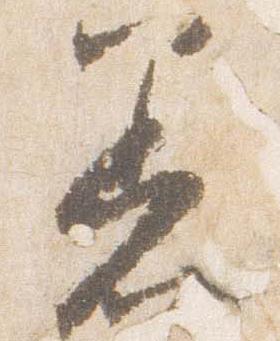
着